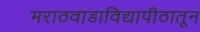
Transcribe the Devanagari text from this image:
मराठवाडाविद्यापीठातून